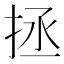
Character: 拯